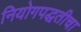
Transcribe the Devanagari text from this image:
नियोगपद्धतीचा